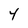
Character: 4